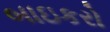
બાઇકરો